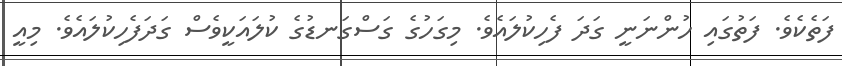
ފަތެކެވެ. ފަތުގައި ހުންނަނީ ގަދަ ފެހިކުލައެވެ. މިގަހުގެ ގަސްގަނޑުގެ ކުލައަކީވެސް ގަދަފެހިކުލައެވެ. މިއީ